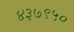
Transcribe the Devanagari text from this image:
४३७९५०